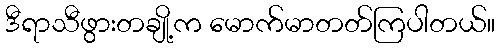
ဒီရာသီဖွားတချို့က မောက်မာတတ်ကြပါတယ်။